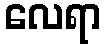
လေရာ